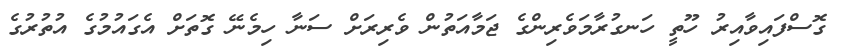
ގޮސްފައިވާއިރު ހޫތީ ހަނގުރާމަވެރިންގެ ޖަމާއަތުން ވެރިރަށް ސަނާ ހިމެނޭ ގޮތަށް އެގައުމުގެ އުތުރުގެ